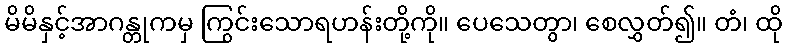
မိမိနှင့်အာဂန္တုကမှ ကြွင်းသောရဟန်းတို့ကို။ ပေသေတွာ၊ စေလွှတ်၍။ တံ၊ ထို